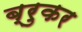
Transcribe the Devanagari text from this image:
ब्रुकर